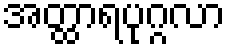
အတ္ထာရပုဂ္ဂလာ